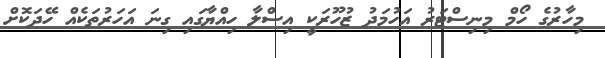
މިހާރުގެ ހޯމް މިނިސްޓަރު އަހުމަދު ޒުހޫރަކީ އިސްލާ ހިއްޔާގައި ގިނަ އަހަރުތަކެއް ހޭދަކޮށް